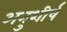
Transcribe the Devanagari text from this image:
अनुशीर्ष